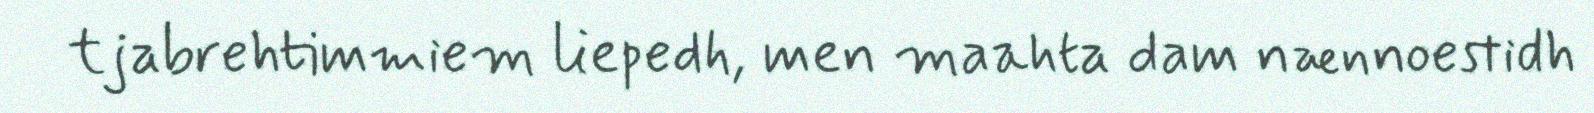
tjabrehtimmiem liepedh, men maahta dam nænnoestidh